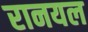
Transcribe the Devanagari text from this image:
रानयल